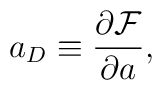
a_D \equiv \frac {\partial {\cal F}}{\partial a},